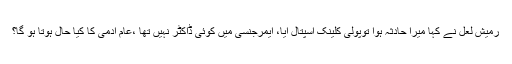
رمیش لعل نے کہا میرا حادثہ ہوا توپولی کلینک اسپتال آیا، ایمرجنسی میں کوئی ڈاکٹر نہیں تھا ،عام آدمی کا کیا حال ہوتا ہو گا؟